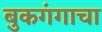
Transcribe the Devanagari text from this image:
बुकगंगाचा